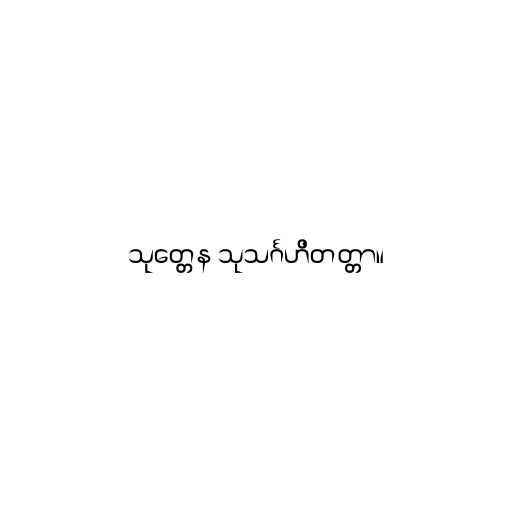
သုတ္တေန သုသင်္ဂဟိတတ္တာ။